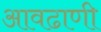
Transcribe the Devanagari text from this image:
आवढाणी